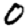
Digit: 0